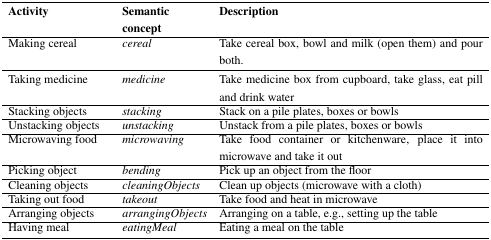
| Activity | Semantic concept | Description |
 | --- | --- | --- |
 | Making cereal | cereal | Take cereal box, bowl and milk (open them) and pour both. |
 | Taking medicine | medicine | Take medicine box from cupboard, take glass, eat pill and drink water |
 | Stacking objects | stacking | Stack on a pile plates, boxes or bowls |
 | Unstacking objects | unstacking | Unstack from a pile plates, boxes or bowls |
 | Microwaving food | microwaving | Take food container or kitchenware, place it into microwave and take it out |
 | Picking object | bending | Pick up an object from the floor |
 | Cleaning objects | cleaningObjects | Clean up objects (microwave with a cloth) |
 | Taking out food | takeout | Take food and heat in microwave |
 | Arranging objects | arrangingObjects | Arranging on a table, e.g., setting up the table |
 | Having meal | eatingMeal | Eating a meal on the table |